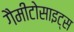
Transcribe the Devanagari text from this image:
गैमीटोसाइट्स